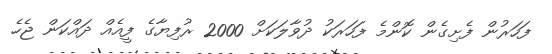
ފަހަރުން ފެށިގެން ކޮންމެ ފަހަރަކު ދުވާލަކަށް 2000 ރުފިޔާގެ ފީއެއް ދައްކަން ޖެހެ